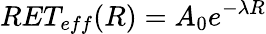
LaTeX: RET_{eff}(R)=A_{0}e^{-\lambda R}